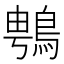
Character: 䳙